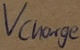
Text: Vcharge